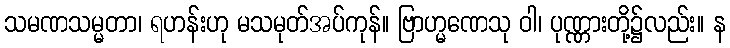
သမဏသမ္မတာ၊ ရဟန်းဟု မသမုတ်အပ်ကုန်။ ဗြာဟ္မဏေသု ဝါ၊ ပုဏ္ဏားတို့၌လည်း။ န